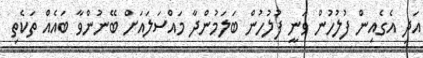
އަދި އެގެއިން ފުލުހުން ވަނީ ފުލުހުން ބަލަމުންދާ މައްސަލައަށް ބޭނުންވާ ބައެއް ތަކެތި